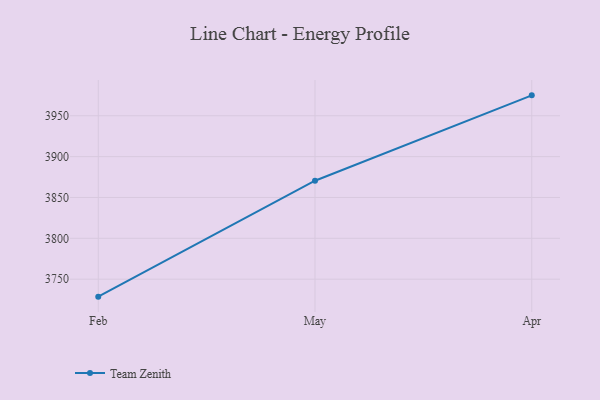
{"axis": {"x": "Month", "y": "Latency (ms)"}, "legend": ["Team Zenith"], "data": [{"x": "Feb", "y": 3728.6, "type": "Team Zenith"}, {"x": "May", "y": 3870.5, "type": "Team Zenith"}, {"x": "Apr", "y": 3975.0, "type": "Team Zenith"}]}